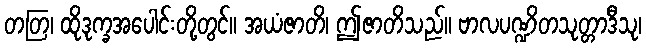
တတြ၊ ထိုဒုက္ခအပေါင်းတို့တွင်။ အယံဇာတိ၊ ဤဇာတိသည်။ ဗာလပဏ္ဍိတသုတ္တာဒီသု၊